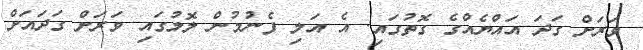
ވަރަށް ގަދަ އައްޔެއްގެ ގޮތުގައި. އެ އަލި ފެނުމުން ލޮލުގައި ވަރަށް ގަދައަށް